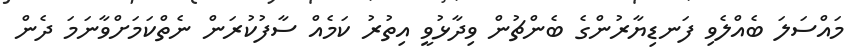
މައްސަލަ ބެއްލެވި ފަނޑިޔާރުންގެ ބެންޗުން ވިދާޅުވީ އިތުރު ކަމެއް ސާފުކުރަން ނެތްކަމަށްވާނަމަ ދެން